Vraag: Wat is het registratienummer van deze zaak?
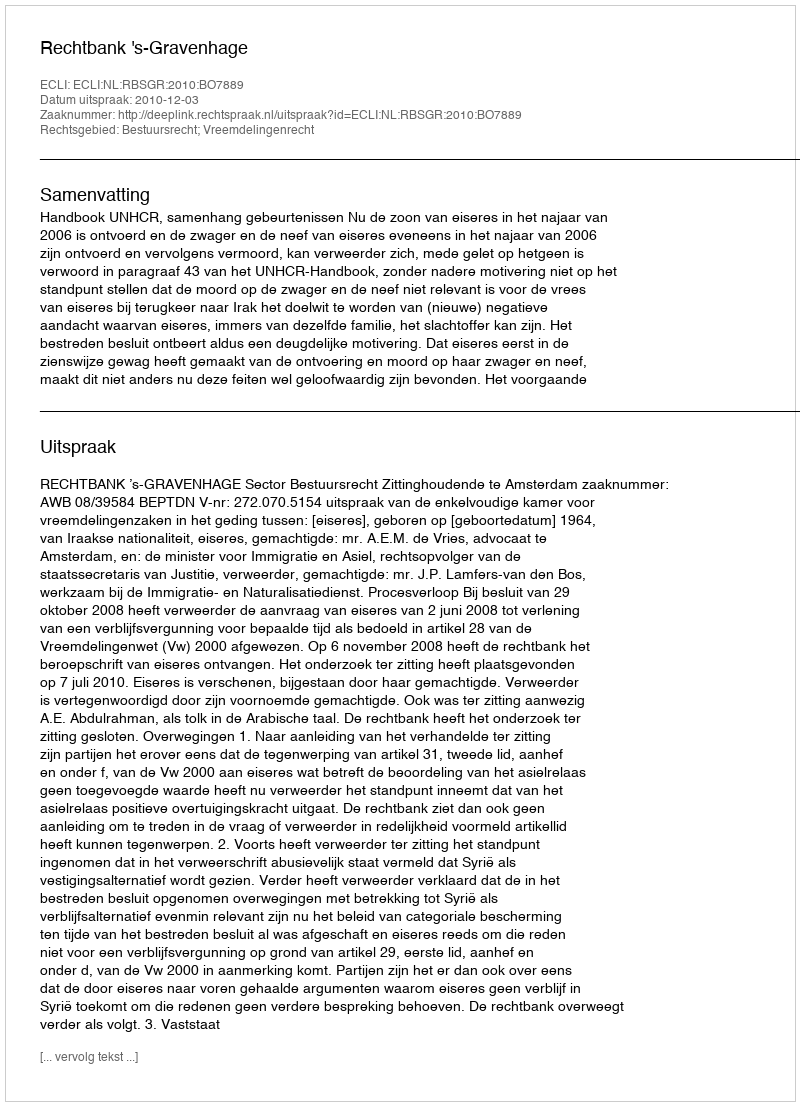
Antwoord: http://deeplink.rechtspraak.nl/uitspraak?id=ECLI:NL:RBSGR:2010:BO7889